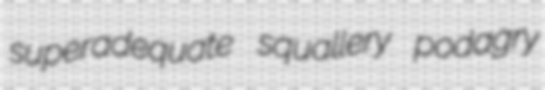
superadequate squallery podagry